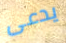
يدعى